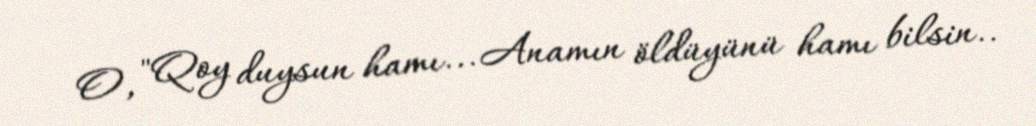
O, "Qoy duysun hamı... Anamın öldüyünü hamı bilsin..